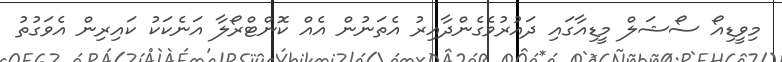
މިވީޑިއޯ ސޯޝަލް މީޑިއާގައި ދައުރުވެގެންދާއިރު އެތަނުން އެއް ކޮންޓްރޯލާ އަނެކަކު ކައިރިން އެވަގުތު